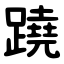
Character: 蹺